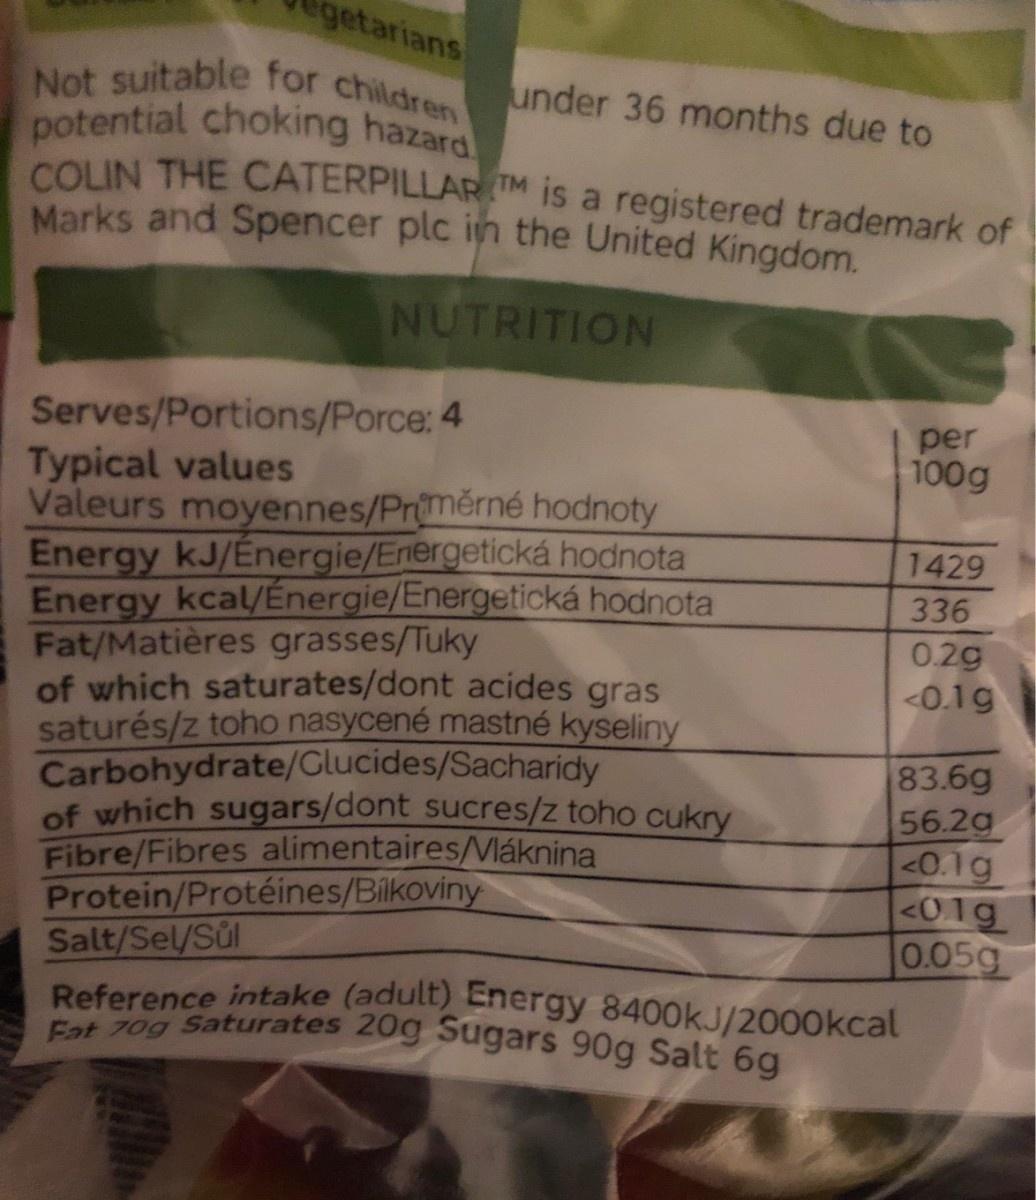
getarians
Not suitable for children potential choking hazard COLIN THE CATERPILLARTM is a registered trademark of Marks and Spencer plc in the United Kingdom.
under 36 months due to
NUTRITION
Serves/Portions/Porce: 4 Typical values Valeurs moyennes/Prměrné hodnoty Energy kJ/Énergie/Energetická hodnota Energy kcal/Énergie/Energetická hodnota Fat/Matières grasses/Tuky of which saturates/dont acides gras saturés/z toho nasycené mastné kyseliny Carbohydrate/Glucides/Sacharidy of which sugars/dont sucres/z toho cukry Fibre/Fibres alimentaires/Vláknina Protein/Protéines/Bilkoviny Salt/Sel/Sůl Reference intake (adult) Energy 8400KJ/2000kcal Fat 70g Saturates 20g Sugars 90g Salt 6g
per 100g
1429
336
0.2g <0.1g
83.6g 56.2g <0.1g <01g 0.05g